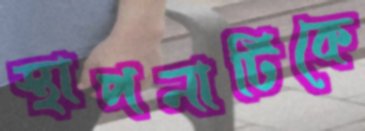
স্থাপনাটিকে